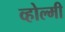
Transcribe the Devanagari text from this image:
व्होल्मी